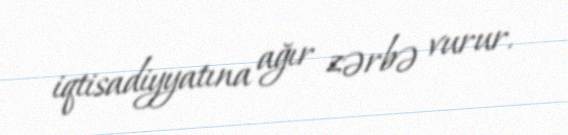
iqtisadiyyatına ağır zərbə vurur.